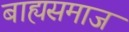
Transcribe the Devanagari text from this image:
बाह्यसमाज